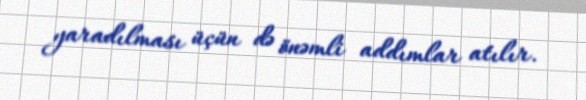
yaradılması üçün də önəmli addımlar atılır.